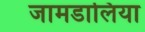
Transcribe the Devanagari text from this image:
जामडालिया